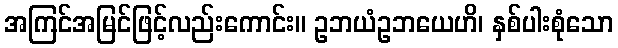
အကြင်အမြင်ဖြင့်လည်းကောင်း။ ဥဘယံဥဘယေဟိ၊ နှစ်ပါးစုံသော